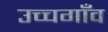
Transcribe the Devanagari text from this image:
उच्चगाँव